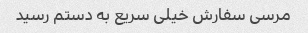
مرسی سفارش خیلی سریع به دستم رسید